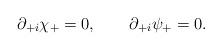
LaTeX: \begin{align*}\partial_{+i} \chi_+ = 0, \qquad \partial_{+i} \psi_+ = 0. \end{align*}